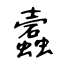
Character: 蠧